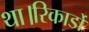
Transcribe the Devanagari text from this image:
था।रिकार्डो